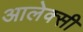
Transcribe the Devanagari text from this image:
आलेक्सी